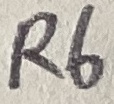
Text: R6